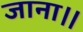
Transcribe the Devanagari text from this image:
जाना।।